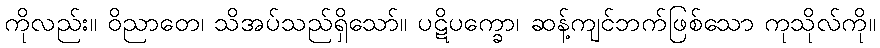
ကိုလည်း။ ဝိညာတေ၊ သိအပ်သည်ရှိသော်။ ပဋိပက္ခော၊ ဆန့်ကျင်ဘက်ဖြစ်သော ကုသိုလ်ကို။